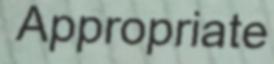
Appropriate